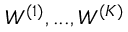
W ^ { ( 1 ) } , . . . , W ^ { ( K ) }